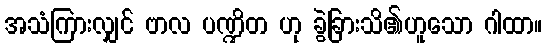
အသံကြားလျှင် ဗာလ ပဏ္ဍိတ ဟု ခွဲခြားသိ၏ဟူသော ဂါထာ။